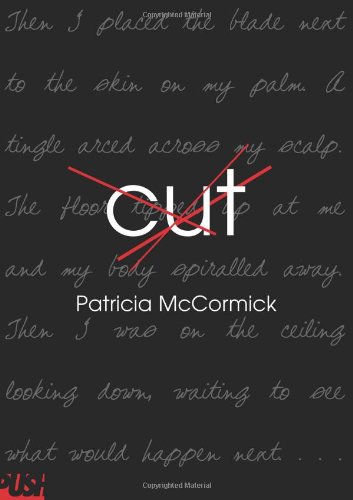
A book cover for Cut; Patricia McCormick; Children's Books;